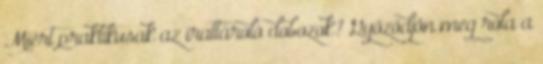
Miért praktikusak az irattároló dobozok? Győződjön meg róla a